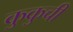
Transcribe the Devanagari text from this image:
कुकुची